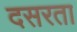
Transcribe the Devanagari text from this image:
दसरता